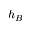
h _ { B }